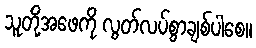
သူတို့အဖေကို လွတ်လပ်စွာချစ်ပါစေ။